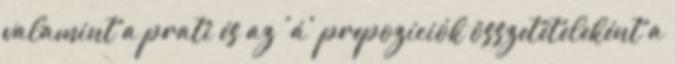
valamint a prati és az 'á' prepozíciók összetételeként a